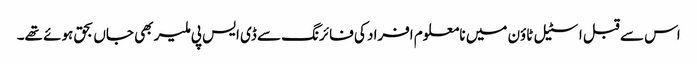
اس سے قبل اسٹیل ٹاؤن میں نامعلوم افراد کی فائرنگ سے ڈی ایس پی ملیر بھی جاں بحق ہوئے تھے۔